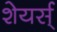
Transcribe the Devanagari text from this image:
शेयर्स्